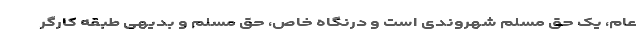
عام، یک حق مسلم شهروندی است و درنگاه خاص، حق مسلم و بدیهی طبقه کارگر